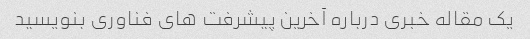
یک مقاله خبری درباره آخرین پیشرفت های فناوری بنویسید